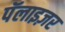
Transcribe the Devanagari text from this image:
पॅलाइज़र